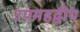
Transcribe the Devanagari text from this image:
उपमहद्वीप